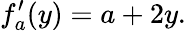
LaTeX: f_{a}^{\prime}(y)=a+2y.